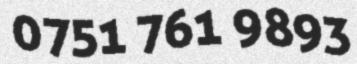
0751 761 9893